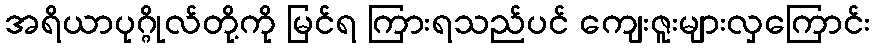
အရိယာပုဂ္ဂိုလ်တို့ကို မြင်ရ ကြားရသည်ပင် ကျေးဇူးများလှကြောင်း